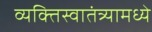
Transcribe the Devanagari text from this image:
व्यक्तिस्वातंत्र्यामध्ये